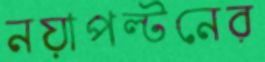
নয়াপল্টনের